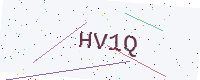
Text: HV1Q